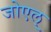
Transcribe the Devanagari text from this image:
जोएल्‌